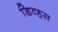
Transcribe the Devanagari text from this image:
डिव्हस